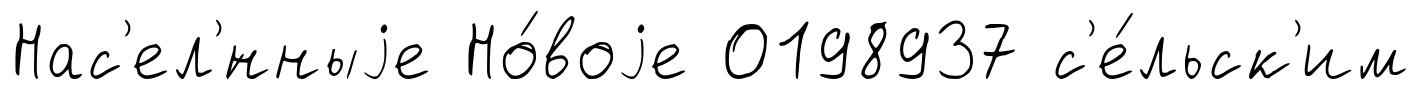
Нас'ел'́нныjе Но́воjе 0198937 с'е́льск'им